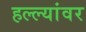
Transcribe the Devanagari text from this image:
हल्ल्यांवर